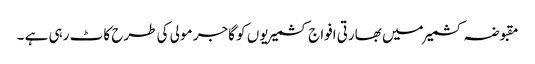
مقبوضہ کشمیر میں بھارتی افواج کشمیریوں کو گاجر مولی کی طرح کاٹ رہی ہے ۔